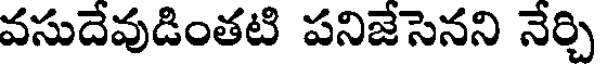
వసుదేవుడింతటి పనిజేసెనని నేర్చి